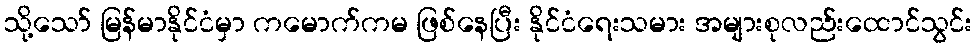
သို့သော် မြန်မာနိုင်ငံမှာ ကမောက်ကမ ဖြစ်နေပြီး နိုင်ငံရေးသမား အများစုလည်းထောင်သွင်း